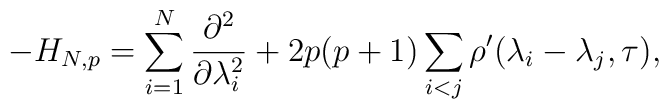
-H_{N,p}=\sum_{i=1}^{N}\frac{\partial^2}{\partial\lambda_i^2}+2p(p+1)\sum_{i<j}\rho'(\lambda_i-\lambda_j,\tau),